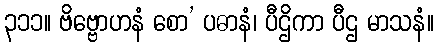
၃၁၁။ ဗိဗ္ဗောဟနံ စော’ ပဓာနံ၊ ပီဌိကာ ပီဌ မာသနံ။